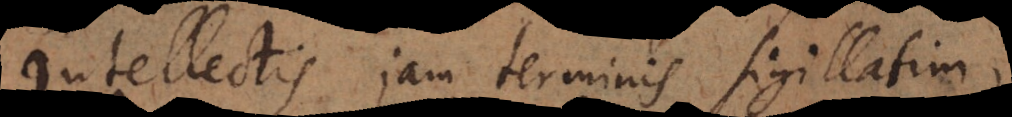
Intellectis jam terminis sigillatim